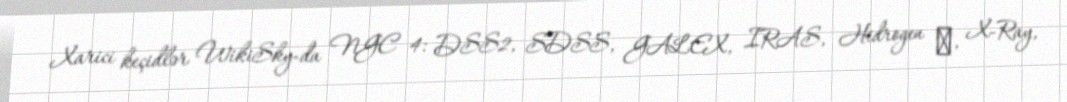
Xarici keçidlər WikiSky-da NGC 4: DSS2, SDSS, GALEX, IRAS, Hidrogen α, X-Ray,